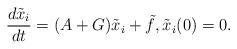
LaTeX: \begin{align*}\frac{d \tilde x_i }{dt}= ( A +G) \tilde x_i +\tilde f , \tilde x_i(0)=0. \end{align*}